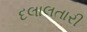
દલાલતારી